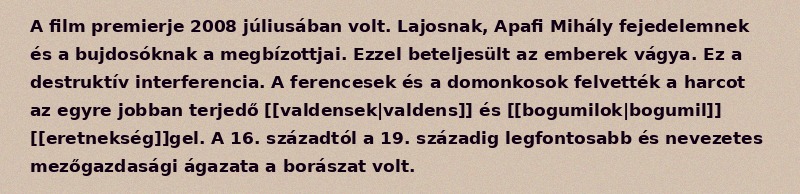
A film premierje 2008 júliusában volt. Lajosnak, Apafi Mihály fejedelemnek és a bujdosóknak a megbízottjai. Ezzel beteljesült az emberek vágya. Ez a destruktív interferencia. A ferencesek és a domonkosok felvették a harcot az egyre jobban terjedő [[valdensek|valdens]] és [[bogumilok|bogumil]] [[eretnekség]]gel. A 16. századtól a 19. századig legfontosabb és nevezetes mezőgazdasági ágazata a borászat volt.